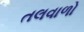
તલવાળો